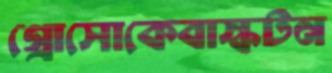
গ্রোসোকেবাস্কটন